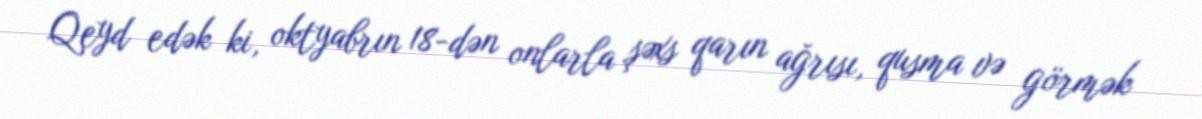
Qeyd edək ki, oktyabrın 18-dən onlarla şəxs qarın ağrısı, qusma və görmək